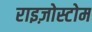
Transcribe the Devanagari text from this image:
राइज़ोस्टोम